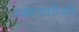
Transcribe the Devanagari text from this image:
स्वरूपपरिवर्तन